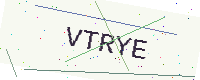
Text: VTRYE